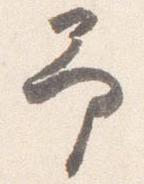
予